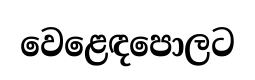
වෙළෙඳපොලට